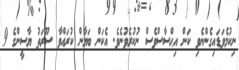
ނިކުމެވަޑައިގެންނެވި ކަން އިޙްސާސްވެސް ނުކުރެވުނެވެ. އެކަން ބަޔާން ކުރައްވާ ސޫރަތު ޔާސީންގެ 9